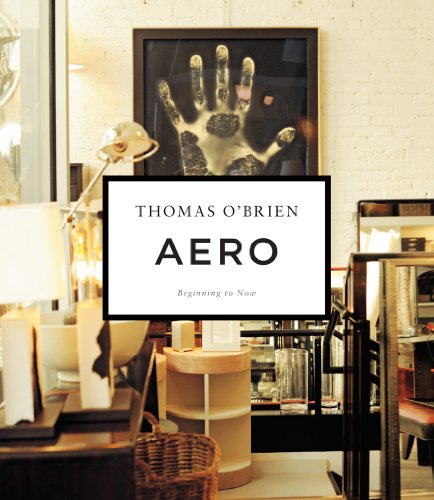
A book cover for Aero: Beginning to Now; Thomas O'Brien; Arts & Photography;